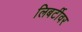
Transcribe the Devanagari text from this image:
लिबर्टीवर